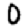
Digit: 0